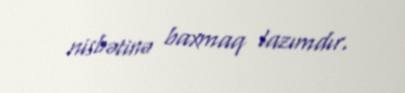
nisbətinə baxmaq lazımdır.